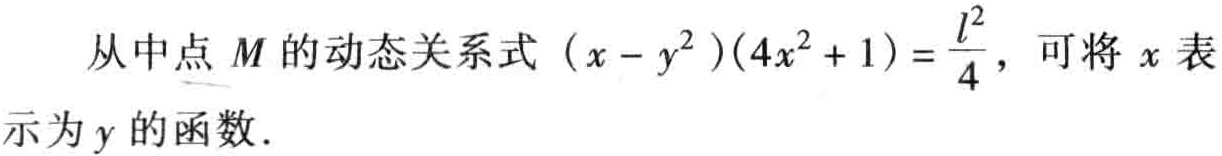
从中点 \(M\) 的动态关系式 \((x - y^{2})(4x^{2}+1)=\frac{l^{2}}{4}\)，可将 \(x\) 表示为 \(y\) 的函数.